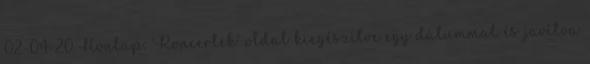
02-04-20 Honlap: 'Koncertek' oldal kiegészítve egy dátummal és javítva